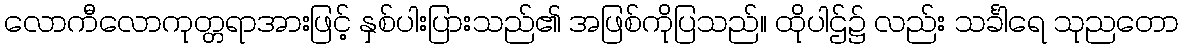
လောကီလောကုတ္တရာအားဖြင့် နှစ်ပါးပြားသည်၏ အဖြစ်ကိုပြသည်။ ထိုပါဌ်၌ လည်း သင်္ခါရေ သုညတော